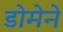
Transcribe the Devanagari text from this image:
डोमेने